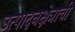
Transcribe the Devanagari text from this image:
उत्पादनक्षेत्राची